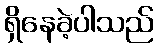
ရှိနေခဲ့ပါသည်